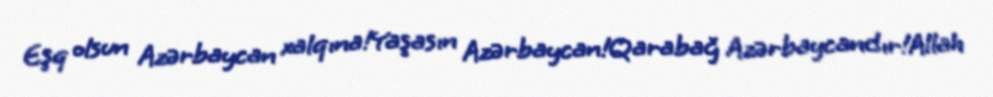
Eşq olsun Azərbaycan xalqına!Yaşasın Azərbaycan!Qarabağ Azərbaycandır!Allah